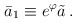
\begin{align*}\bar{a}_1 \equiv e^\varphi\tilde{a} \, .\end{align*}